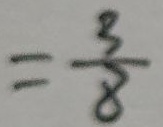
= \frac { 3 } { 8 }